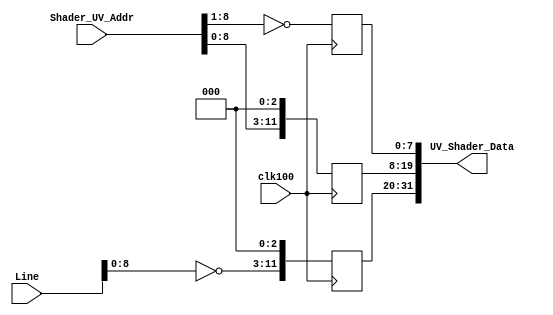
`timescale 1ns / 1ps
//////////////////////////////////////////////////////////////////////////////////
// Company: 
// Engineer: 
// 
// Design Name: 
// Module Name:    UVBufferStub 
// Project Name: 
// Target Devices: 
// Tool versions: 
// Description: 
//
// Dependencies: 
//
// Revision: 
// Revision 0.01 - File Created
// Additional Comments: 
//
//////////////////////////////////////////////////////////////////////////////////
module UVBufferStub(
    input clk100,
    input [10:0] Shader_UV_Addr,
    output [31:0] UV_Shader_Data,
    input [9:0] Line
    );

reg [11:0] R;
reg [11:0] G;
reg  [7:0] B;

assign UV_Shader_Data = {R,G,B};

always@(posedge clk100)
begin
	R <= {~(Line[8:0]), 3'b00};
	G <= {Shader_UV_Addr[8:0], 3'b000};
	B <= ~(Shader_UV_Addr[8:1]);
end

endmodule